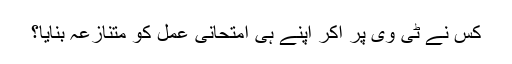
کس نے ٹی وی پر آکر اپنے ہی امتحانی عمل کو متنازعہ بنایا؟